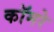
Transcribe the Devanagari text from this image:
कॉमरे